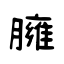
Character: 臃